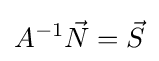
A^{-1}{\vec {N}}={\vec {S}}